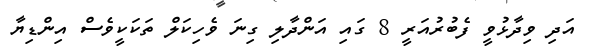
އަދި ވިދާޅުވީ ފެބުރުއަރީ 8 ގައި އަންދާލި ގިނަ ވެހިކަލް ތަކަކީވެސް އިންޑިޔާ